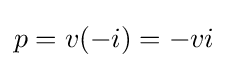
p=v(-i)=-vi